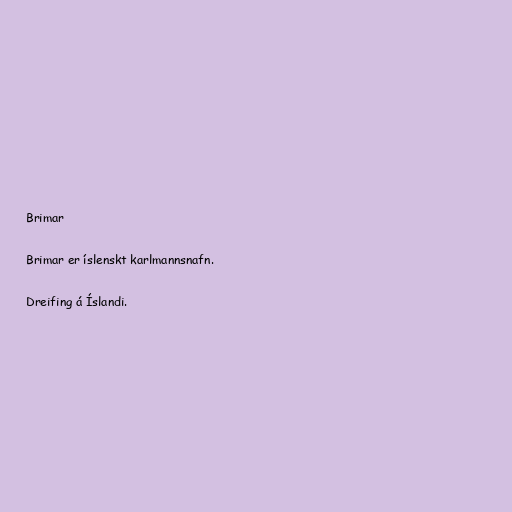
Brimar

Brimar er íslenskt karlmannsnafn.

Dreifing á Íslandi.